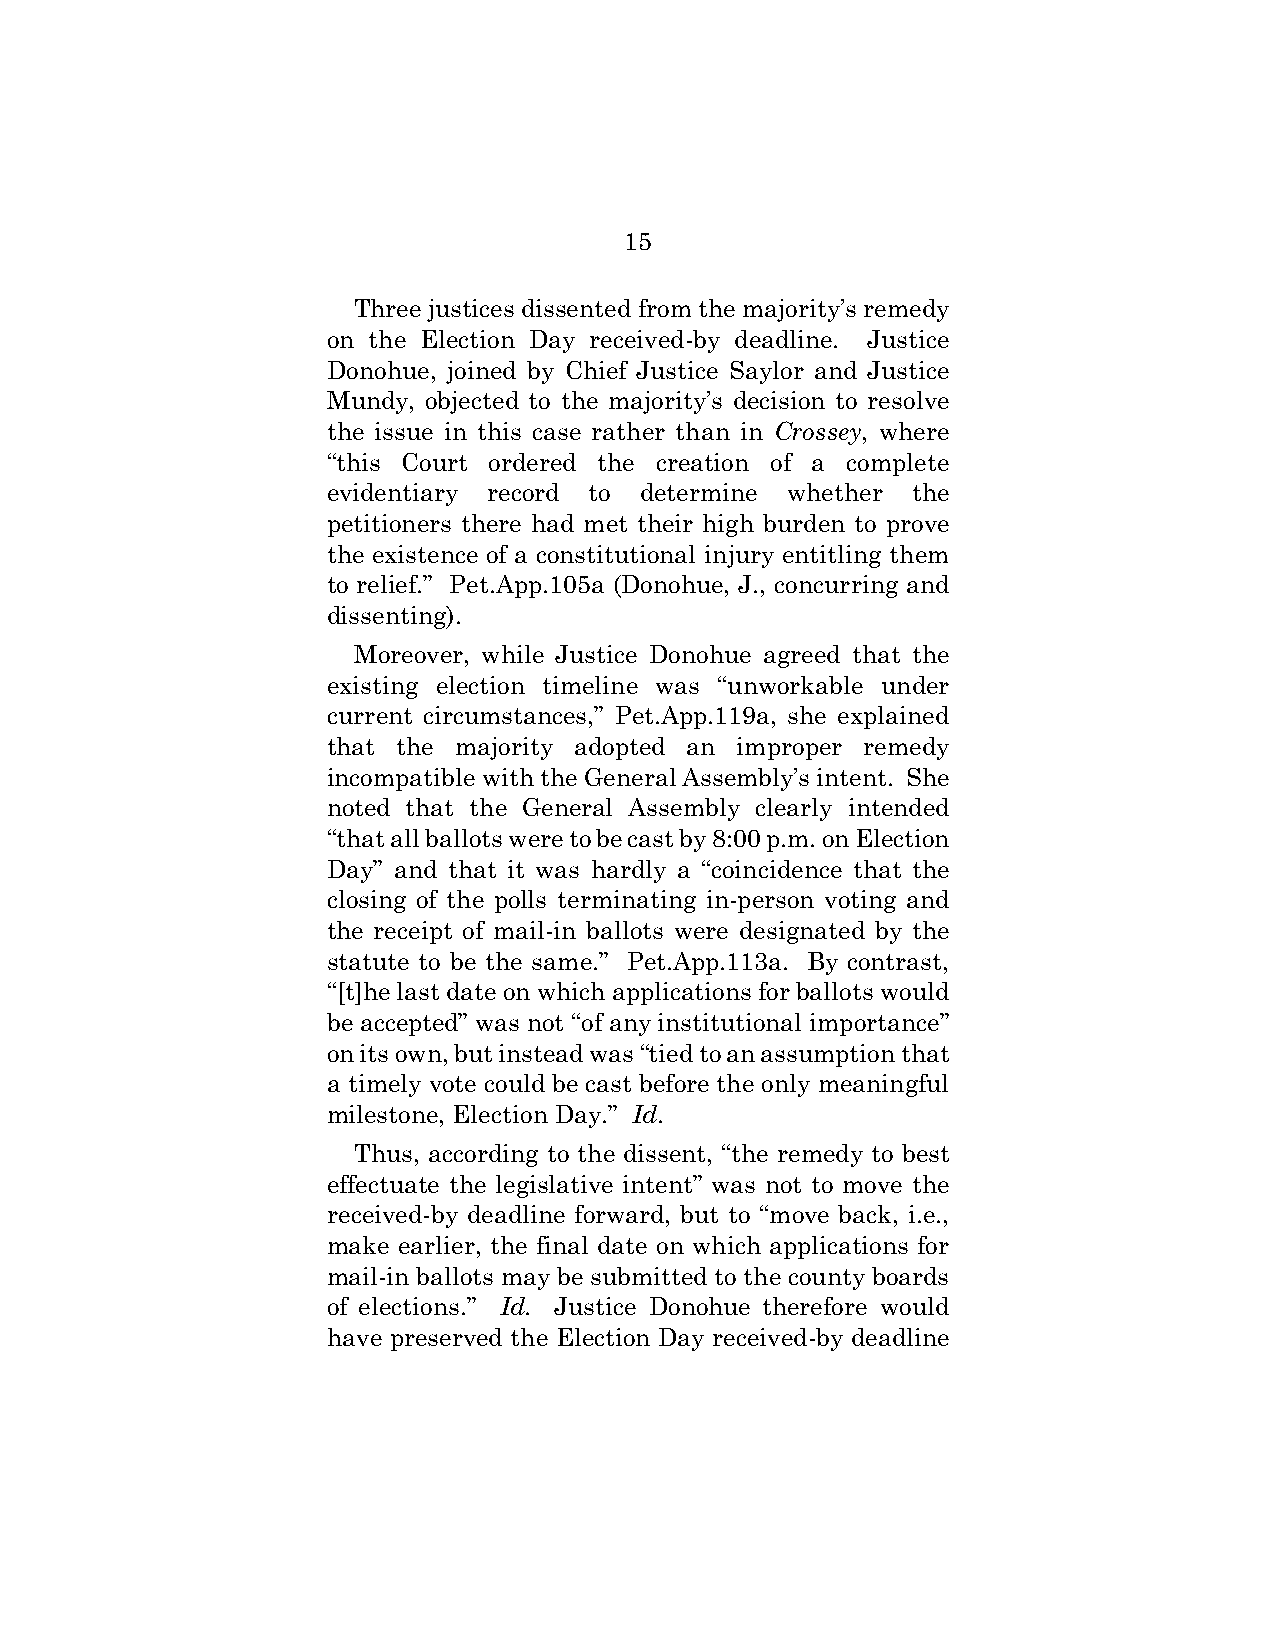
15
 Three justices dissented from the majority’s remedy
 on the Election Day received-by deadline. Justice
 Donohue, joined by Chief Justice Saylor and Justice
 Mundy, objected to the majority’s decision to resolve
 the issue in this case rather than in Crossey, where
 “this Court ordered the creation of a complete
 evidentiary record to determine whether the
 petitioners there had met their high burden to prove
 the existence of a constitutional injury entitling them
 to relief.” Pet.App.105a (Donohue, J., concurring and
 dissenting).
 Moreover, while Justice Donohue agreed that the
 existing election timeline was “unworkable under
 current circumstances,” Pet.App.119a, she explained
 that the majority adopted an improper remedy
 incompatible with the General Assembly’s intent. She
 noted that the General Assembly clearly intended
 “that all ballots were to be cast by 8:00 p.m. on Election
 Day” and that it was hardly a “coincidence that the
 closing of the polls terminating in-person voting and
 the receipt of mail-in ballots were designated by the
 statute to be the same.” Pet.App.113a. By contrast,
 “[t]he last date on which applications for ballots would
 be accepted” was not “of any institutional importance”
 on its own, but instead was “tied to an assumption that
 a timely vote could be cast before the only meaningful
 milestone, Election Day.” Id.
 Thus, according to the dissent, “the remedy to best
 effectuate the legislative intent” was not to move the
 received-by deadline forward, but to “move back, i.e.,
 make earlier, the final date on which applications for
 mail-in ballots may be submitted to the county boards
 of elections.” Id. Justice Donohue therefore would
 have preserved the Election Day received-by deadline